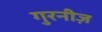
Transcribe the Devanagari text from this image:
गुरनीज़